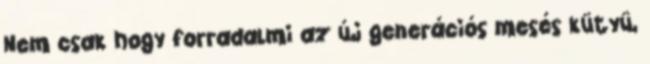
Nem csak hogy forradalmi az új generációs mesés kütyü,